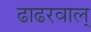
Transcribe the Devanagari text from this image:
ढाढरवाल्